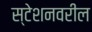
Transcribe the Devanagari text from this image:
स्टेशनवरील